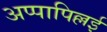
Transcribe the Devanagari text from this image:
अप्पापिल्लई